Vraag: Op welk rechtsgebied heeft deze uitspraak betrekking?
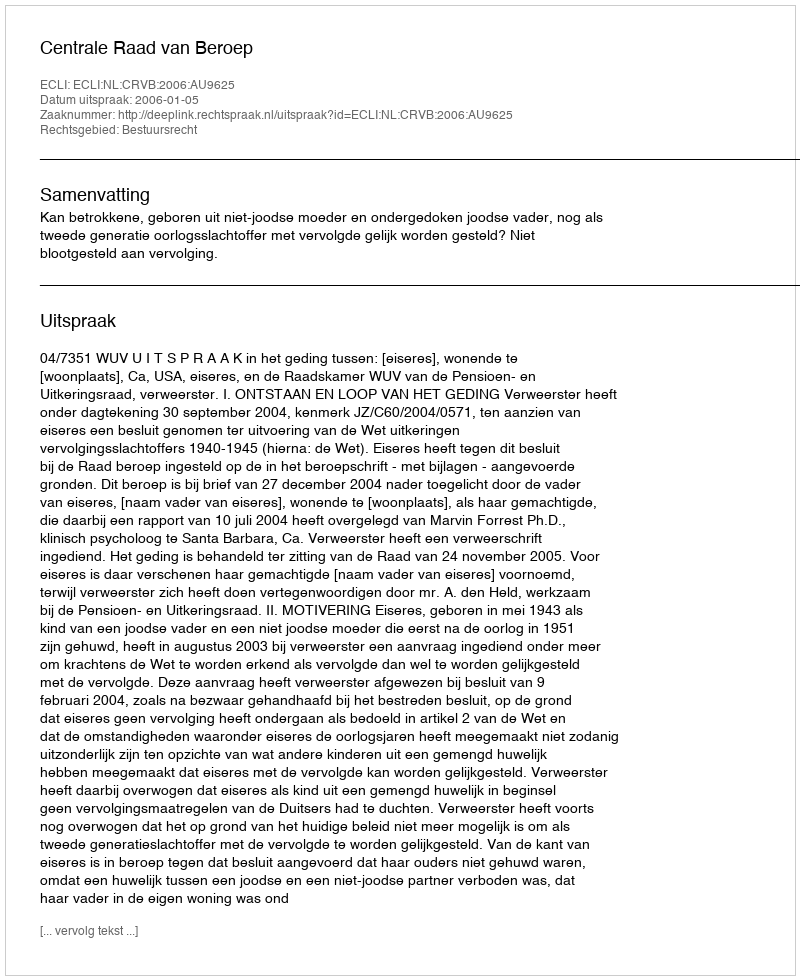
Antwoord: Bestuursrecht